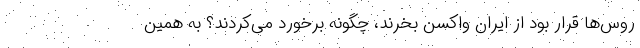
روس‌ها قرار بود از ایران واکسن بخرند، چگونه برخورد می‌کردند؟ به همین